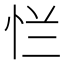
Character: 𰑐